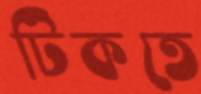
টিকতে